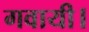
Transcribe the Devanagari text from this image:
गवायी।